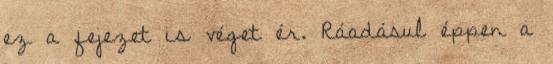
ez a fejezet is véget ér. Ráadásul éppen a